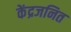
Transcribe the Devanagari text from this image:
केंद्रजनित